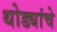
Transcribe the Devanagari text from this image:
थोड्यांचे